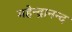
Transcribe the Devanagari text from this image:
महेन्द्रानन्द